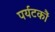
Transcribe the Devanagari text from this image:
पर्यटकौं